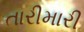
તારીમારી